Scottish Certificate of Education, 1963
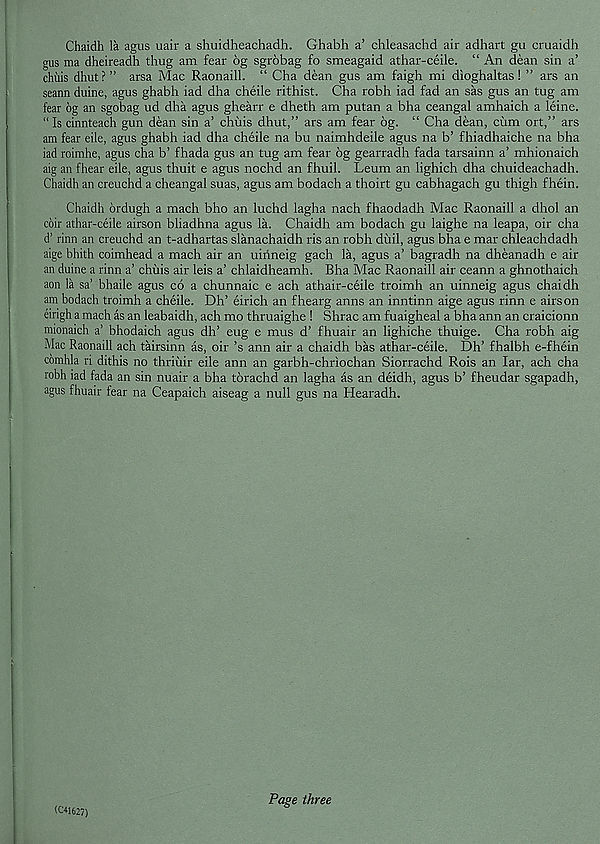
Chaidh la agus uair a shuidheachadh. Ghabh a’ chleasachd air adhart gu cruaidh
gus ma dheireadh thug am fear 6g sgrobag fo smeagaid athar-ceile. “ An dean sin a’
chilis dhut?” arsa Mac Raonaill. “ Cha dean gus am faigh mi dioghaltas! ” ars an
seann duine, agus ghabh iad dha cheile rithist. Cha robh iad fad an sas gus an tug am
fear 6g an sgobag ud dha agus ghearr e dheth am putan a bha ceangal amhaich a leine.
“Is cinnteach gun dean sin a’ chilis dhut,” ars am fear 6g. “ Cha dean, cum ort,” ars
am fear eile, agus ghabh iad dha cheile na bu naimhdeile agus na b’ fhiadhaiche na bha
iad roimhe, agus cha b’ fhada gus an tug am fear 6g gearradh fada tarsainn a’ mhionaich
aig an fhear eile, agus thuit e agus nochd an fhuil. Leum an lighich dha chuideachadh.
Chaidh an creuchd a cheangal suas, agus am bodach a thoirt gu cabhagach gu thigh fhein.
Chaidh drdugh a mach bho an luchd lagha nach fhaodadh Mac Raonaill a dhol an
coir athar-ceile airson bliadhna agus la. Chaidh am bodach gu laighe na leapa, oir cha
d’ rinn an creuchd an t-adhartas slanachaidh ris an robh diiil, agus bha e mar chleachdadh
aige bhith coimhead a mach air an uirineig gach la, agus a’ bagradh na dheanadh e air
an duine a rinn a’ chilis air leis a’ chlaidheamh. Bha Mac Raonaill air ceann a ghnothaich
aon la sa’ bhaile agus co a chunnaic e ach athair-ceile troimh an uinneig agus chaidh
am bodach troimh a cheile. Dh’ eirich an fhearg anns an inntinn aige agus rinn e airson
eirigh a mach as an leabaidh, ach mo thruaighe 1 Shrac am fuaigheal a bha ann an craicionn
mionaich a’ bhodaich agus dh’ eug e mus d’ fhuair an lighiche thuige. Cha robh aig
Mac Raonaill ach tairsinn as, oir’s ann air a chaidh bas athar-ceile. Dh’ fhalbh e-fhein
comhla ri dithis no thriiiir eile ann an garbh-chriochan Siorrachd Rois an lar, ach cha
robh iad fada an sin nuair a bha torachd an lagha as an deidh, agus b’ fheudar sgapadh,
agus fhuair fear na Ceapaich aiseag a null gus na Hearadh.
(C41627)
Page three